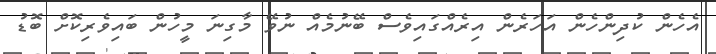
އެހެން ކުދިންހެން އަހަރެން އިރެއްގައިވެސް ބޭނުމެއް ނުވޭ މާގިނަ މީހުން ބައިވެރިކޮށް ބޮޑު